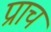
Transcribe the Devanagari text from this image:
प्राच